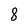
Character: 8